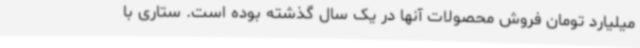
میلیارد تومان فروش محصولات آنها در یک سال گذشته بوده است. ستاری با